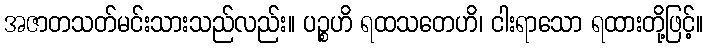
အဇာတသတ်မင်းသားသည်လည်း။ ပဉ္စဟိ ရထသတေဟိ၊ ငါးရာသော ရထားတို့ဖြင့်။